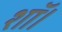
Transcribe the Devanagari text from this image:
शॉ।